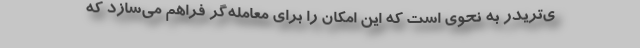
ی‌تریدر به نحوی است که این امکان را برای معامله‌گر فراهم می‌سازد که